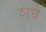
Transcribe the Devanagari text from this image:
शये